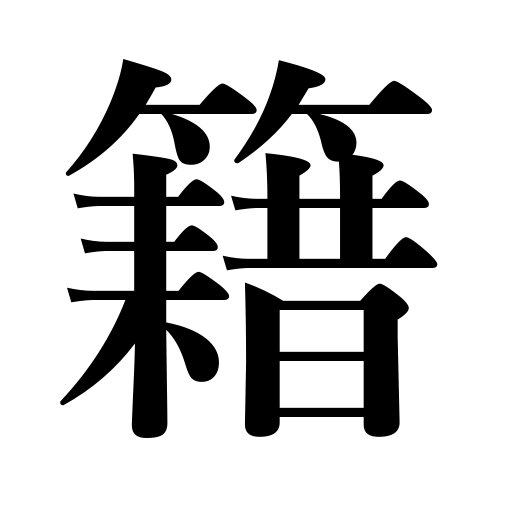
Meanings: domiciliary register,membership